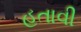
હતાવી